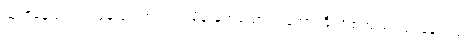
သူတို့နေသည့် အခန်းပေါက်ဝတွင် မိန်းမတယောက် အော်ကြီးဟစ်ကျယ် လုပ်နေသည်။